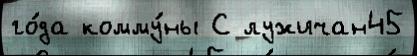
го́да комму́ны С лужичан45